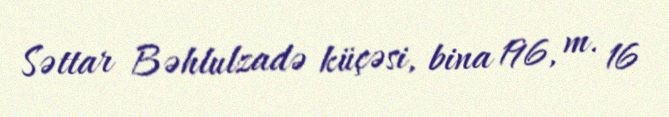
Səttar Bəhlulzadə küçəsi, bina 196, m. 16